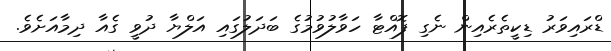
ޑްރައިވަރު ޑިކީތެރެއިން ނެގި ފޮއްޓާ ހަވާލުވުމުގެ ބަދަލުގައި އަލްޔާ ދުވީ ގެއާ ދިމާއަށެވެ.